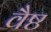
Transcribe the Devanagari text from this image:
वैष्ठ